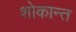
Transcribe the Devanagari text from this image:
शोकान्‍त